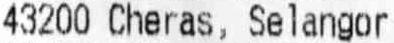
43200 CHERAS, SELANGOR